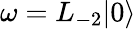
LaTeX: \omega=L_{-2}|0\rangle